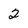
Character: 2